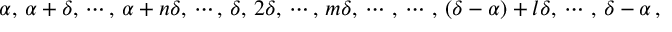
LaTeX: \alpha , \, \alpha + \delta , \, \cdots , \, \alpha + n \delta , \, \cdots , \, \delta , \, 2 \delta , \, \cdots , \, m \delta , \, \cdots \, , \, \cdots \, , \, ( \delta - \alpha ) + l \delta , \, \cdots \, , \, \delta - \alpha \, ,